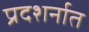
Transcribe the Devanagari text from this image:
प्रदशर्नात